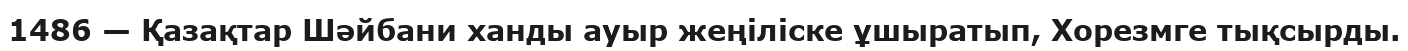
1486 — Қазақтар Шәйбани ханды ауыр жеңіліске ұшыратып, Хорезмге тықсырды.